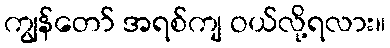
ကျွန်တော် အရစ်ကျ ဝယ်လို့ရလား။